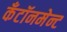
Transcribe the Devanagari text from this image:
कँटॉनमेन्ट